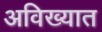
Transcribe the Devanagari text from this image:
अविख्यात